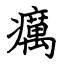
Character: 癘